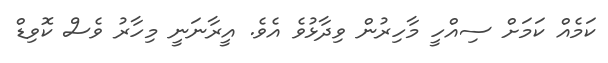
ކަމެއް ކަމަށް ސިއްހީ މާހިރުން ވިދާޅުވެ އެވެ. އީރާނަނީ މިހާރު ވެސް ކޮވިޑް